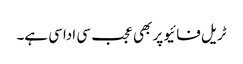
ٹریل فائیو پر بھی عجب سی اداسی ہے۔